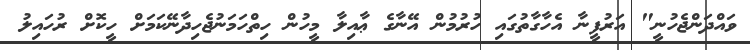
ވައްދަންޖެހުނީ" އަރުފީނާ އެހާގާތުގައި ހުރުމުން އޭނާގެ ޢާއިލާ މީހުން ހިތްހަމަނުޖެހިދާނޭކަމަށް ހީކޮށް ރުހައިލު